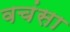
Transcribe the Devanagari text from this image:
वचंसा